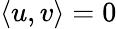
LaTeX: \langle u,v\rangle=0